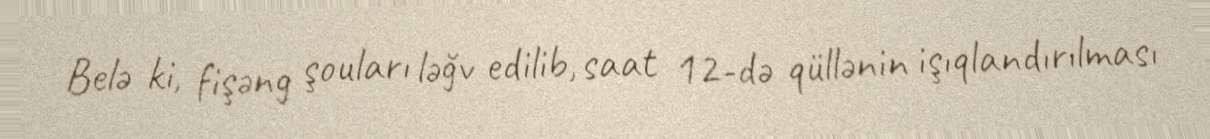
Belə ki, fişəng şouları ləğv edilib, saat 12-də qüllənin işıqlandırılması